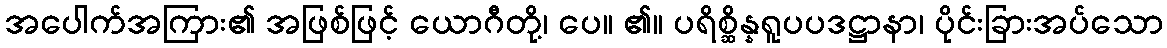
အပေါက်အကြား၏ အဖြစ်ဖြင့် ယောဂီတို့၊ ပေ။ ၏။ ပရိစ္ဆိန္နရူပပဒဋ္ဌာနာ၊ ပိုင်းခြားအပ်သော